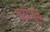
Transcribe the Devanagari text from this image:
वेठीमुळे